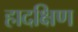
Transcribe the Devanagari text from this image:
हादक्षिण